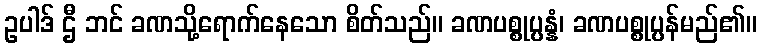
ဥပါဒ် ဌီ ဘင် ခဏသို့ရောက်နေသော စိတ်သည်။ ခဏပစ္စုပ္ပန္နံ၊ ခဏပစ္စုပ္ပန်မည်၏။